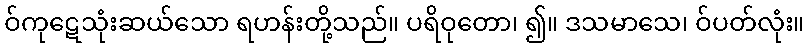
ဝ်ကုဋေသုံးဆယ်သော ရဟန်းတို့သည်။ ပရိဝုတော၊ ၍။ ဒသမာသေ၊ ဝ်ပတ်လုံး။